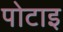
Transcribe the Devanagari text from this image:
पोटाइ